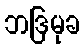
ဘဒြမုခ